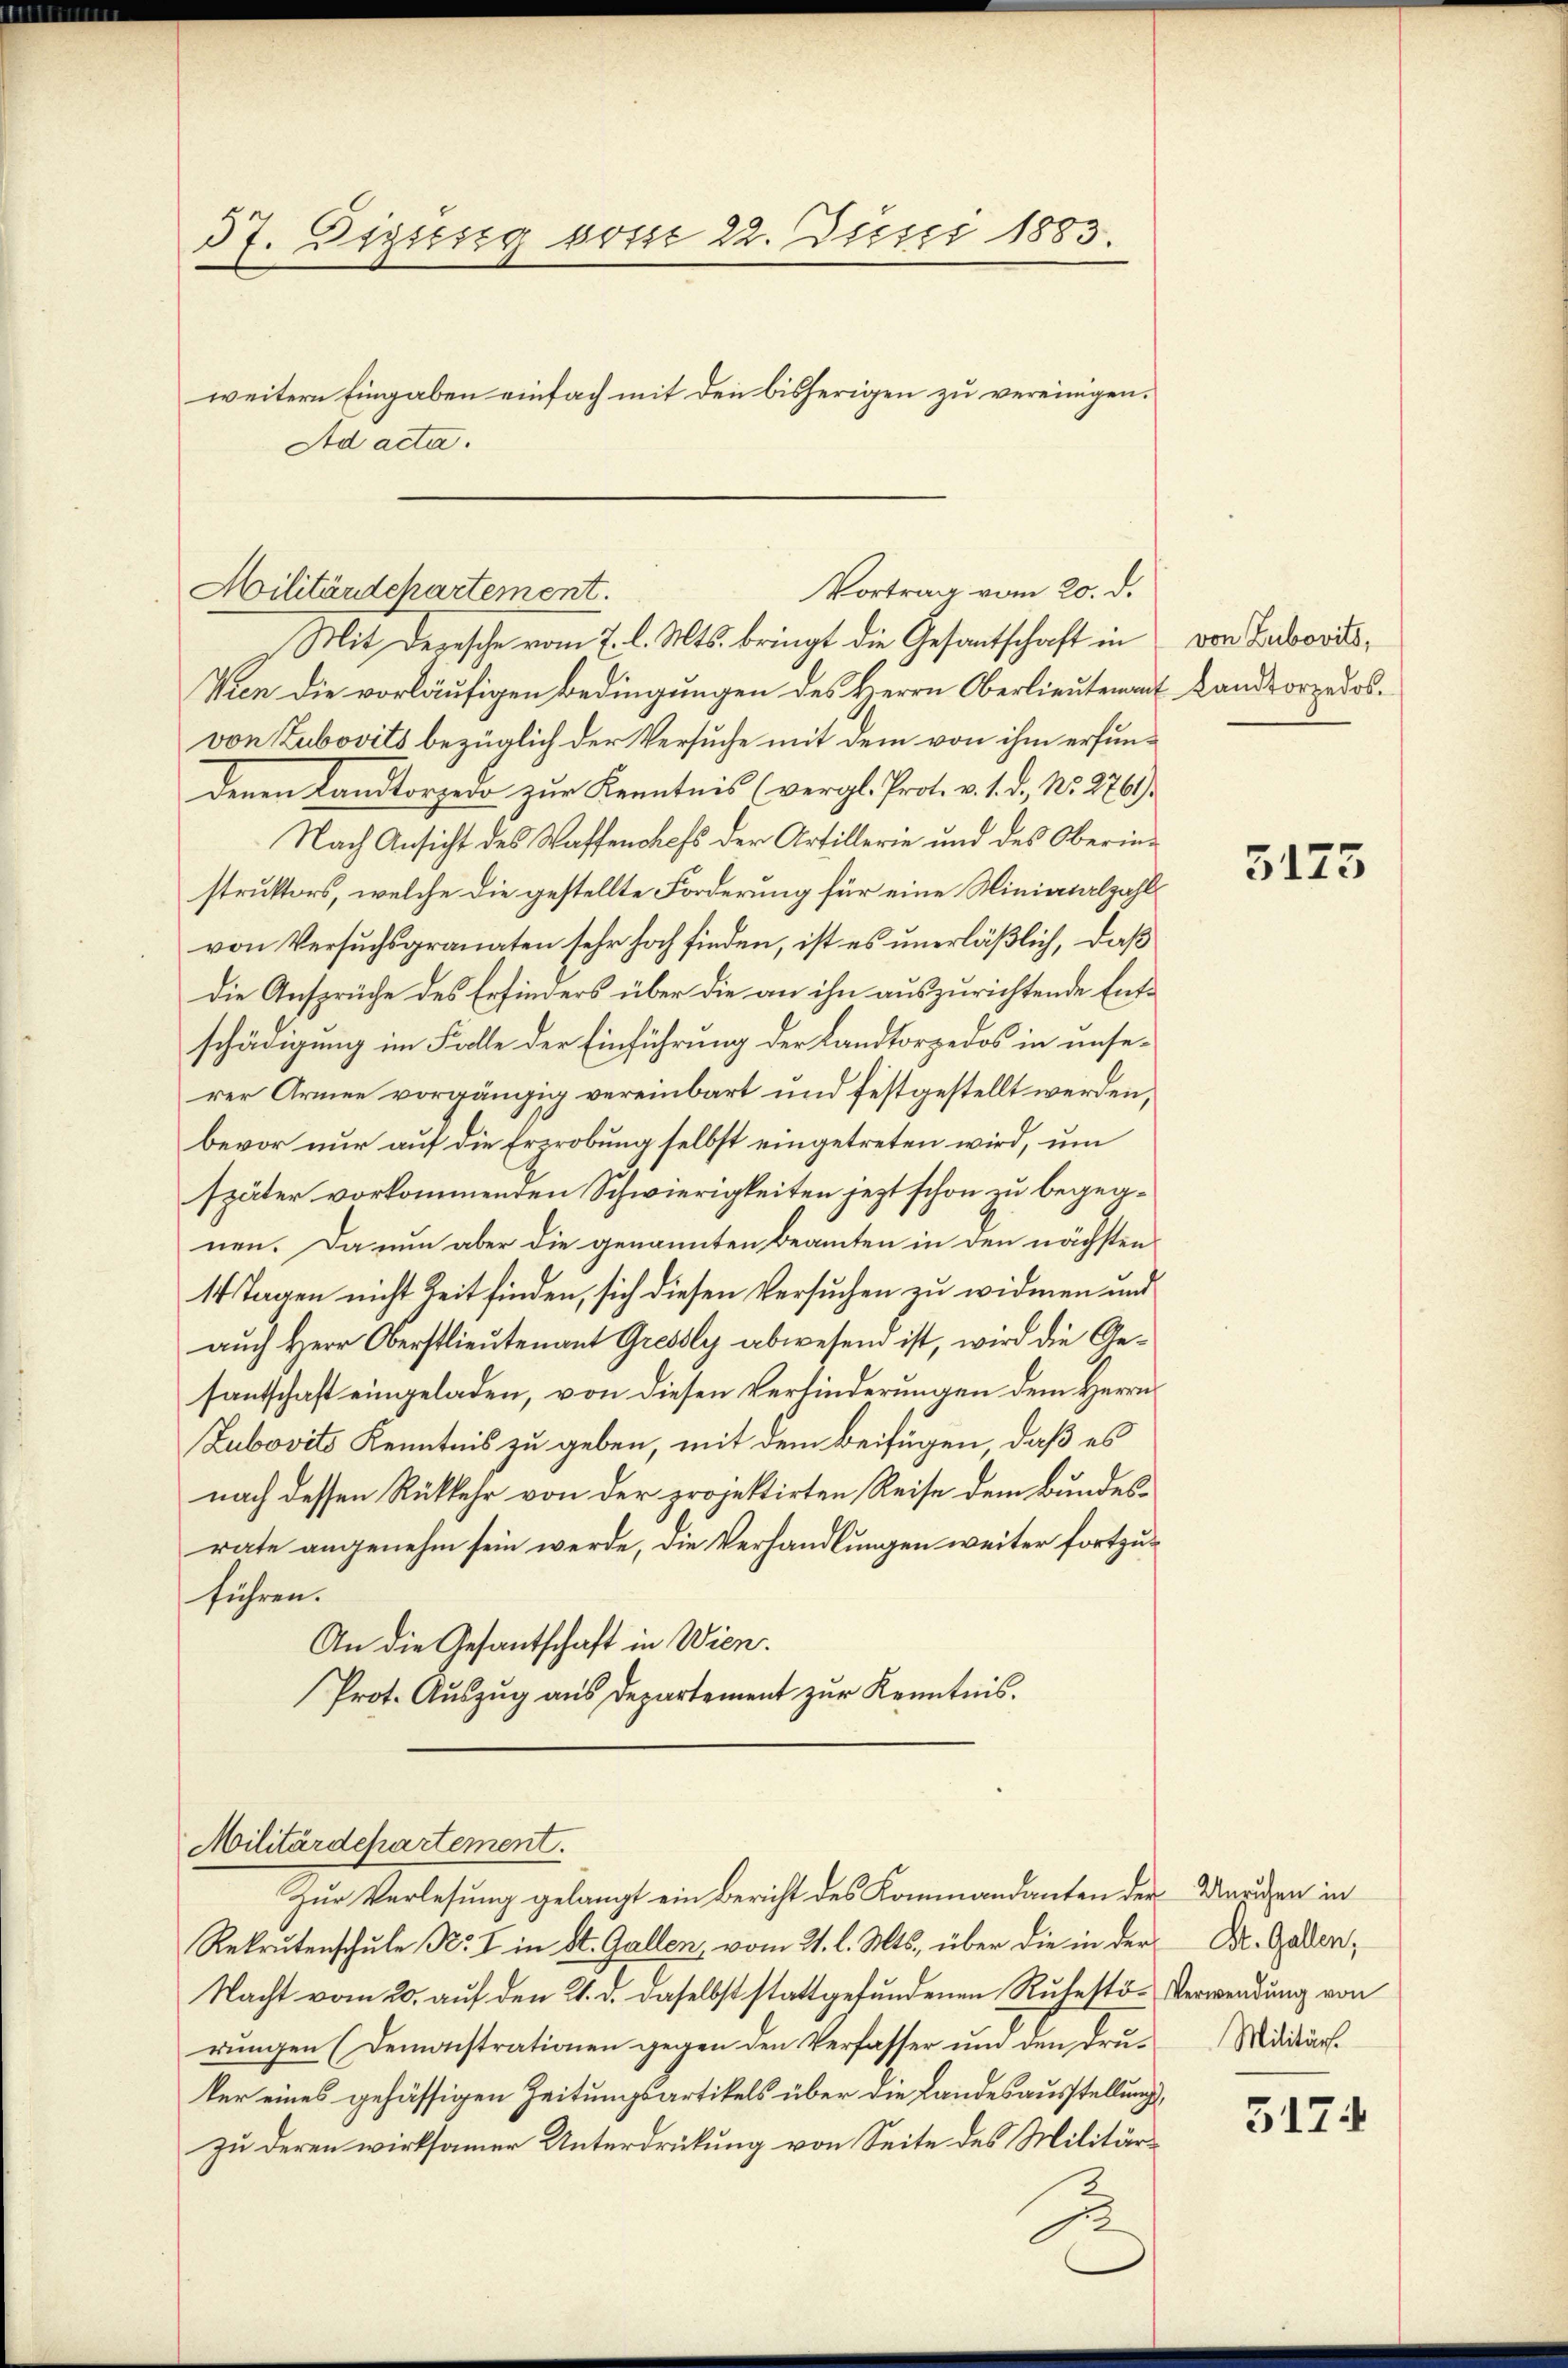
37. Diesig vom 22. Juni 1883.
weitern Eingaben einfach mit den bisherigen zu vereinigen.
Ad acta.

Mit derische vom 7. l. Mts. bringt die Gesantschaft in von Labords¬
Vien die vorläufigen Bedingungen des Herrn Oberlieutenant Landsorpedosvon Zubovits bezüglich der Versuche mit dem von ihm erfundenen Landtorpedo zur Kenntnis (vergl. Prot. v. 1. d. No. 2769
Nach Ansicht des Waffenchefs der Artillerie und des Oberinstruktors, welche die gestellte Forderung für eine Miniatalzahlvon Versuchsgranaten sehr hoch finden, ist es unerläßlich, daß
Die Ansprüche des Erfinders über die an ihn auszurichtende Entschädigung im Falle der Einführung der Landtorpedos in unserer Armee vorgängig vereinbart und festgestellt werden,
bevor nur auf die Erzrobung selbst eingetreten wird, um
später vorkommenden Schwierigkeiten jezt schon zu begegnen. Da nun aber die genannten Beamten in den nächsten
14 Tagen nicht Zeit finden, sich diesen Versuchen zu widmen und
auch Herr Oberstlieutenant Gresly abwesen ist, wird die Gesantschaft eingeladen, von diesen Verhinderungen dem Herrn
Zubovits Kenntnis zu geben, mit dem Beifügen, daß es
nach dessen Rükkehr von der projektirten Reise dem Bundesrate angenehm sein werde, die Verhandlungen weiter fortzuführen.
An die Gesantschaft in Wien
Prot. Aŭszŭg aŭs departement zŭr Kenntnis.

Vortrag vom 20. d.
Militärdchartement.

Militärdepartement.

Zur Verlesung gelangt ein Bericht des Kommandanten der Marien in
Rekrutenschule Nr. I in St. Gallen, vom 21. l. Mts. über die in der
Nacht vom 20. auf den 21. d. daselbst stattgefundenen Ruhestö-Verwendung von
rŭngen (Demonstrationen gegen den Verfasser und den drŭ-Militärs.
ker eines gehässigen Zeitungsartikels über die Landesausstellungszu deren wirksamer Unterdrückung von Seite des Militärz

3175

St. Gallen,

3174